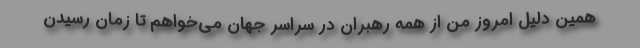
همین دلیل امروز من از همه رهبران در سراسر جهان می‌خواهم تا زمان رسیدن